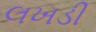
લખડી